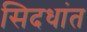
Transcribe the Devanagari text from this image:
सिदधांत